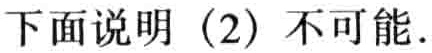
下面说明（2）不可能.